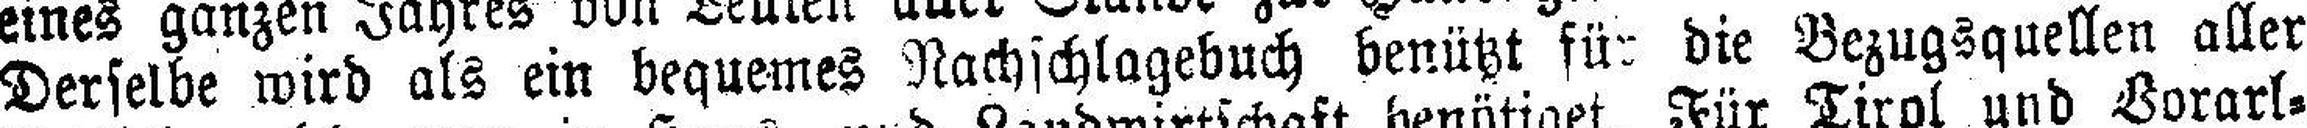
Derselbe wird als ein bequemes Nachschlagebuch benützt für die Bezugsquellen aller